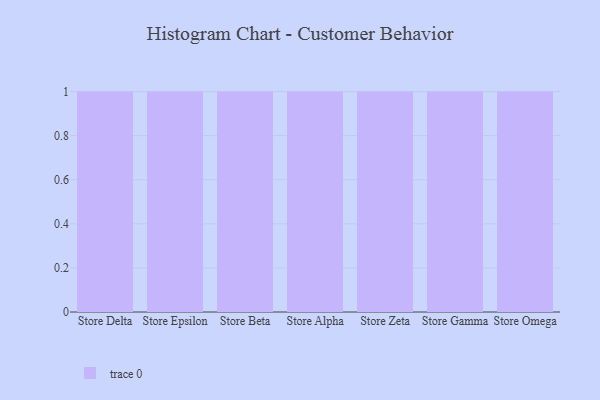
{"axis": {"x": "Store", "y": "Net Income (USD K)"}, "legend": [""], "data": [{"x": "Store Delta", "y": 91, "type": ""}, {"x": "Store Epsilon", "y": 55, "type": ""}, {"x": "Store Beta", "y": 32, "type": ""}, {"x": "Store Alpha", "y": 3, "type": ""}, {"x": "Store Zeta", "y": 13, "type": ""}, {"x": "Store Gamma", "y": 7, "type": ""}, {"x": "Store Omega", "y": 68, "type": ""}]}